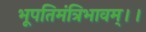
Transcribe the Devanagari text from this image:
भूपतिमंत्रिभावम्।।